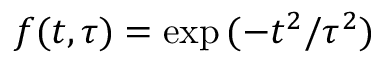
f ( t , \tau ) = \exp { ( - t ^ { 2 } / \tau ^ { 2 } ) }